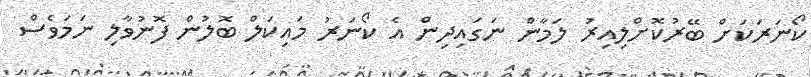
ކޯނަރަކަށް ބޭރުކޮށްލިއިރު ލަމާން ނަގައިދިން އެ ކޯނަރު މައިކަލް ބޮލުން ފޮނުވާލި ނަމަވެސް